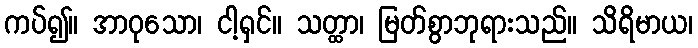
ကပ်၍။ အာဝုသော၊ ငါ့ရှင်။ သတ္ထာ၊ မြတ်စွာဘုရားသည်။ သိရိမာယ၊